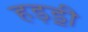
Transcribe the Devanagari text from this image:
हड़ॾी